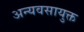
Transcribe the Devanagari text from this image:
अन्यवसायुक्त